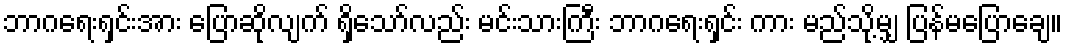
ဘာဂရေးရှင်းအား ပြောဆိုလျက် ရှိသော်လည်း မင်းသားကြီး ဘာဂရေးရှင်း ကား မည်သို့မျှ ပြန်မပြောချေ။